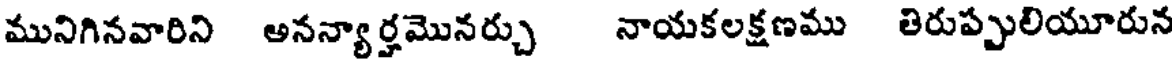
మునిగినవారిని అనన్యార్తమొనర్చు నాయకలక్షణము తిరుప్పులియూరున